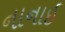
નાનાઇ